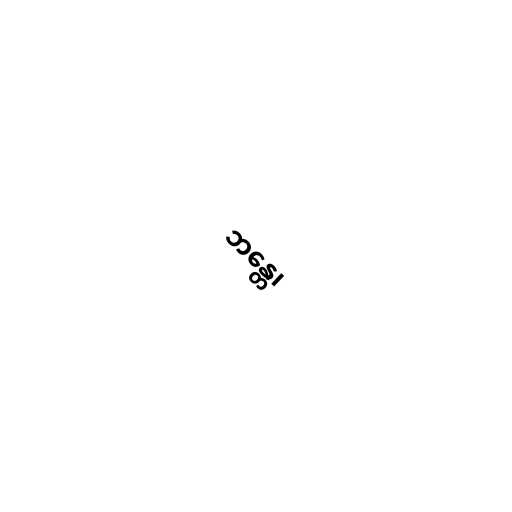
ဘန္တေ၊